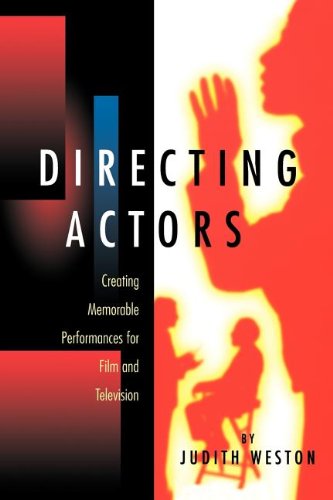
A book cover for Directing Actors: Creating Memorable Performances for Film & Television; Judith Weston; Humor & Entertainment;